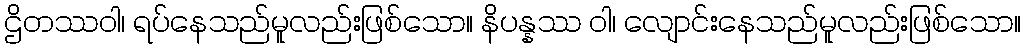
ဌိတဿဝါ၊ ရပ်နေသည်မူလည်းဖြစ်သော။ နိပန္နဿ ဝါ၊ လျောင်းနေသည်မူလည်းဖြစ်သော။